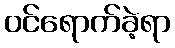
ဝင်ရောက်ခဲ့ရာ